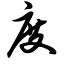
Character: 度